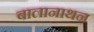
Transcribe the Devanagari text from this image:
बालानाथन